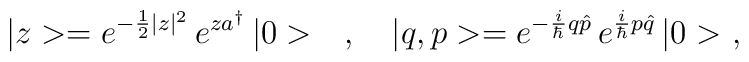
|z>=e^{-\frac{1}{2}|z|^2}\,e^{za^\dagger}\,|0>\ \ \ ,\ \ \ |q,p>=e^{-\frac{i}{\hbar}q\hat{p}}\,e^{\frac{i}{\hbar}p\hat{q}}\,|0>\ ,